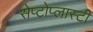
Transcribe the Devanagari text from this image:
सेप्टोप्लास्टी